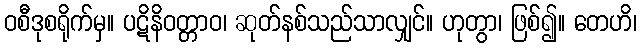
ဝစီဒုစရိုက်မှ။ ပဋိနိဝတ္တာဝ၊ ဆုတ်နစ်သည်သာလျှင်။ ဟုတွာ၊ ဖြစ်၍။ တေဟိ၊